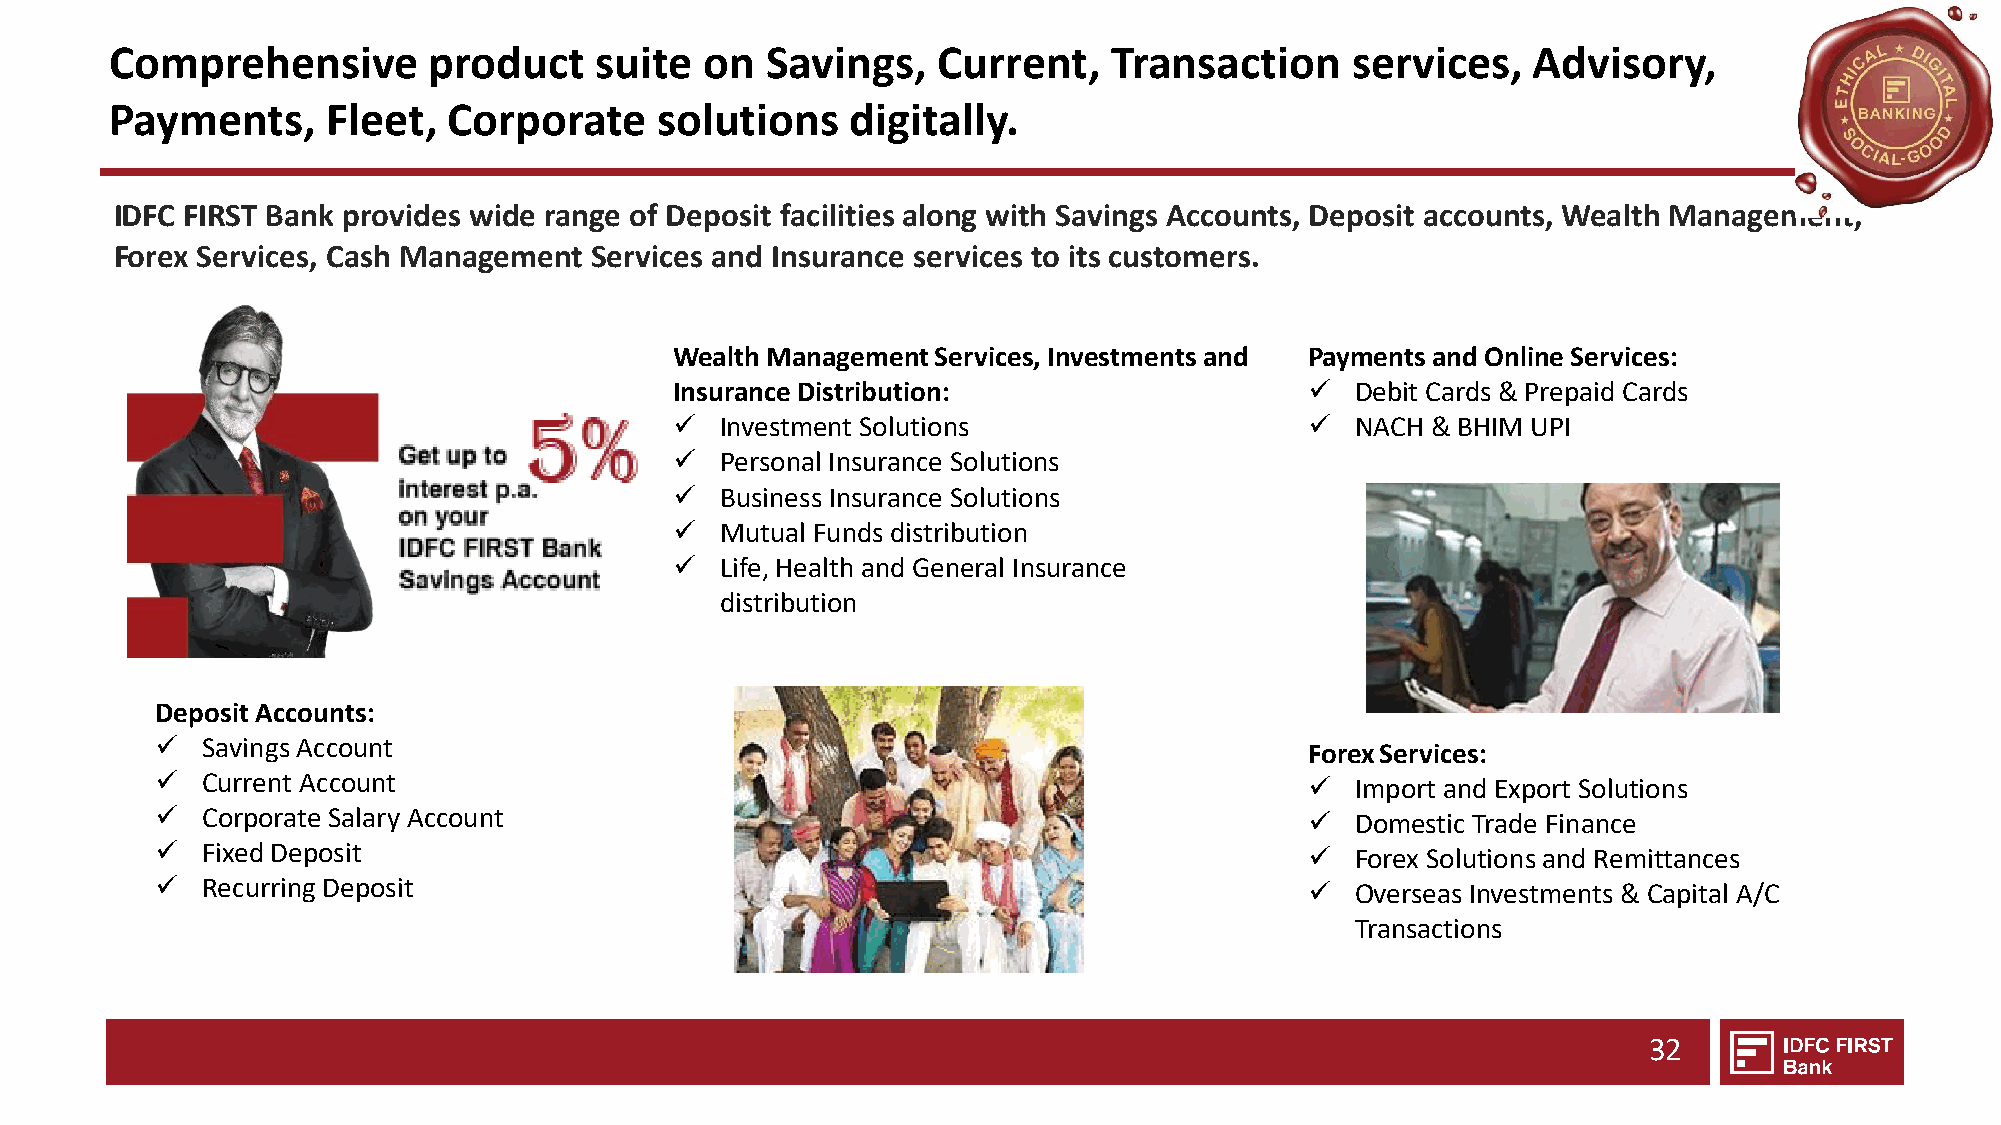
Comprehensive        product    suite   on  Savings,   Current,    Transaction    services,   Advisory,
 Payments,      Fleet,  Corporate     solutions   digitally.
 IDFC FIRST Bank provides wide range of Deposit facilities along with Savings Accounts, Deposit accounts, Wealth Management,
 Forex Services, Cash Management Services and Insurance services to its customers.
 Wealth Management Services, Investments and Payments and Online Services:
 Insurance Distribution:                   ✓  Debit Cards & Prepaid Cards
 ✓  Investment Solutions                   ✓  NACH & BHIM UPI
 ✓  Personal Insurance Solutions
 ✓  Business Insurance Solutions
 ✓  Mutual Funds distribution
 ✓  Life, Health and General Insurance
 distribution
 Deposit Accounts:
 ✓  Savings Account
 Forex Services:
 ✓  Current Account                                                           ✓  Import and Export Solutions
 ✓  Corporate Salary Account                                                  ✓  Domestic Trade Finance
 ✓  Fixed Deposit                                                             ✓  Forex Solutions and Remittances
 ✓  Recurring Deposit                                                         ✓  Overseas Investments & Capital A/C
 Transactions
 32